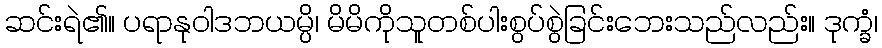
ဆင်းရဲ၏။ ပရာနုဝါဒဘယမ္ပိ၊ မိမိကိုသူတစ်ပါးစွပ်စွဲခြင်းဘေးသည်လည်း။ ဒုက္ခံ၊